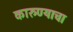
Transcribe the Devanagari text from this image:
कारुण्याचा